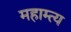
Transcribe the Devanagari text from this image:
महाम्त्य